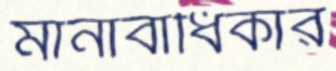
মানাবাধিকার